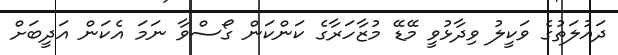
ދައުލަތުގެ ވަކީލު ވިދާޅުވީ މޭޑޭ މުޒާހަރާގެ ކަންކަން ގޯސްވާ ނަމަ އެކަން އަދީބަށް